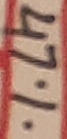
Text: 47%